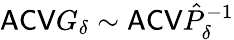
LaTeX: \mathsf{ACV}G_{\delta}\sim\mathsf{ACV}\hat{P}_{\delta}^{-1}